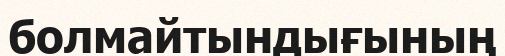
болмайтындығының